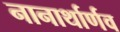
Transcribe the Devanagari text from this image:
नानार्थार्णव